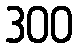
300